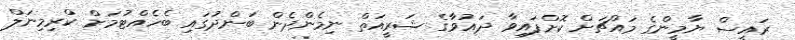
ރައީސް ޔާމީންގެ މައްޗަށް ކޮށްފައިވާ ދައުވާގެ ޝަރީއަތް ނިމެންދެން ބަންދުގައި ބެހެއްޓުމަށް ކްރިމިނަލް